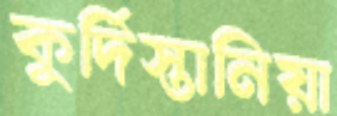
কুর্দিস্তানিয়া